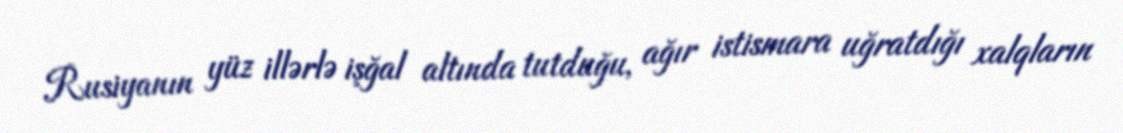
Rusiyanın yüz illərlə işğal altında tutduğu, ağır istismara uğratdığı xalqların